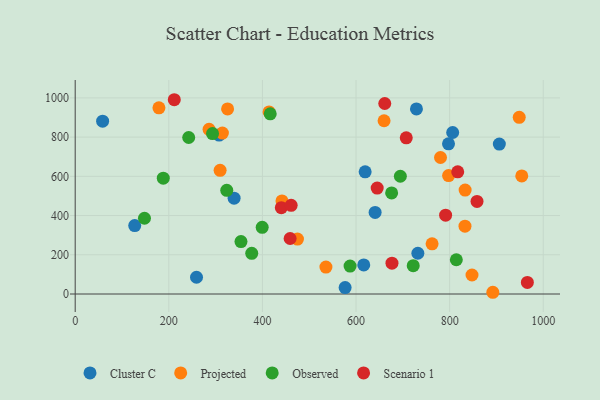
{"axis": {"x": "Ad Spend", "y": "Salary"}, "legend": ["Cluster C", "Observed", "Projected", "Scenario 1"], "data": [{"x": "640.8", "y": 416.2, "type": "Cluster C"}, {"x": "307.5", "y": 810.6, "type": "Cluster C"}, {"x": "576.7", "y": 32.7, "type": "Cluster C"}, {"x": "806.5", "y": 823.5, "type": "Cluster C"}, {"x": "127.2", "y": 348.8, "type": "Cluster C"}, {"x": "732.1", "y": 207.9, "type": "Cluster C"}, {"x": "906.2", "y": 764.3, "type": "Cluster C"}, {"x": "58.6", "y": 881.2, "type": "Cluster C"}, {"x": "619.5", "y": 623.1, "type": "Cluster C"}, {"x": "259.2", "y": 85.3, "type": "Cluster C"}, {"x": "339.5", "y": 488.7, "type": "Cluster C"}, {"x": "616.5", "y": 148.4, "type": "Cluster C"}, {"x": "729.1", "y": 943.8, "type": "Cluster C"}, {"x": "797.6", "y": 765.6, "type": "Cluster C"}, {"x": "780.5", "y": 696.1, "type": "Projected"}, {"x": "314.5", "y": 820.3, "type": "Projected"}, {"x": "847.8", "y": 97.0, "type": "Projected"}, {"x": "797.8", "y": 603.8, "type": "Projected"}, {"x": "762.5", "y": 255.8, "type": "Projected"}, {"x": "414.2", "y": 928.3, "type": "Projected"}, {"x": "659.9", "y": 883.3, "type": "Projected"}, {"x": "325.6", "y": 943.8, "type": "Projected"}, {"x": "892.3", "y": 8.8, "type": "Projected"}, {"x": "954.1", "y": 601.9, "type": "Projected"}, {"x": "948.7", "y": 901.0, "type": "Projected"}, {"x": "178.9", "y": 949.2, "type": "Projected"}, {"x": "535.7", "y": 137.5, "type": "Projected"}, {"x": "309.6", "y": 630.5, "type": "Projected"}, {"x": "474.9", "y": 280.0, "type": "Projected"}, {"x": "441.8", "y": 474.6, "type": "Projected"}, {"x": "286.0", "y": 839.9, "type": "Projected"}, {"x": "833.1", "y": 530.1, "type": "Projected"}, {"x": "832.8", "y": 345.8, "type": "Projected"}, {"x": "676.1", "y": 515.5, "type": "Observed"}, {"x": "694.7", "y": 600.4, "type": "Observed"}, {"x": "399.5", "y": 339.8, "type": "Observed"}, {"x": "323.8", "y": 528.4, "type": "Observed"}, {"x": "354.2", "y": 267.1, "type": "Observed"}, {"x": "242.5", "y": 798.0, "type": "Observed"}, {"x": "416.7", "y": 918.8, "type": "Observed"}, {"x": "587.3", "y": 142.6, "type": "Observed"}, {"x": "814.3", "y": 174.6, "type": "Observed"}, {"x": "377.2", "y": 207.3, "type": "Observed"}, {"x": "293.4", "y": 818.2, "type": "Observed"}, {"x": "188.2", "y": 590.8, "type": "Observed"}, {"x": "148.0", "y": 386.2, "type": "Observed"}, {"x": "722.2", "y": 144.6, "type": "Observed"}, {"x": "858.5", "y": 471.8, "type": "Scenario 1"}, {"x": "676.8", "y": 157.0, "type": "Scenario 1"}, {"x": "661.4", "y": 971.4, "type": "Scenario 1"}, {"x": "817.3", "y": 623.0, "type": "Scenario 1"}, {"x": "211.7", "y": 990.6, "type": "Scenario 1"}, {"x": "645.2", "y": 539.9, "type": "Scenario 1"}, {"x": "707.3", "y": 796.5, "type": "Scenario 1"}, {"x": "459.2", "y": 283.1, "type": "Scenario 1"}, {"x": "791.4", "y": 401.8, "type": "Scenario 1"}, {"x": "966.1", "y": 59.0, "type": "Scenario 1"}, {"x": "440.4", "y": 440.2, "type": "Scenario 1"}, {"x": "461.4", "y": 451.9, "type": "Scenario 1"}]}